Scientific memoirs by medical officers of the Army of India - Part XII,
Year: 1901
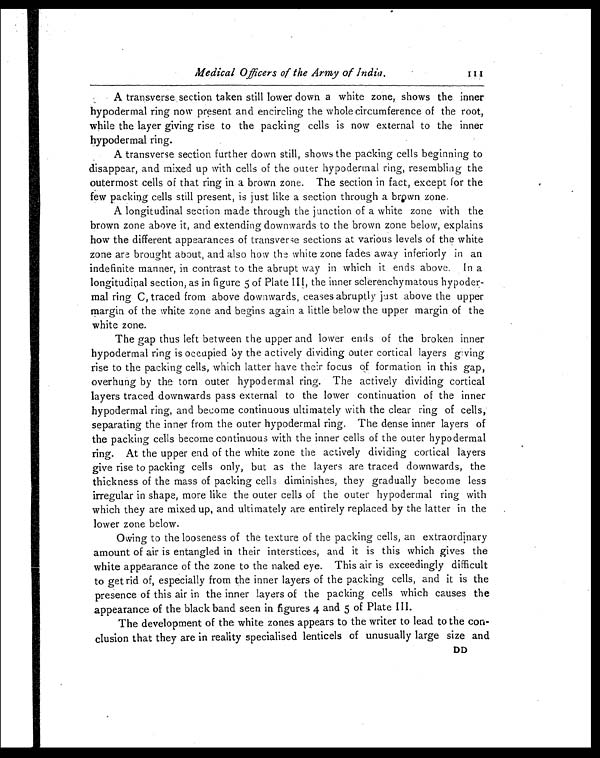
Medical Officers of the Army of India.
A transverse section taken still lower down a white zone, shows the inner
hypodermal ring now present and encircling the whole circumference of the root,
while the layer giving rise to the packing cells is now external to the inner
hypodermal ring.
A transverse section further down still, shows the packing cells beginning to
disappear, and mixed up with cells of the outer hypodermal ring, resembling the
outermost cells of that ring in a brown zone. The section in fact, except for the
few packing cells still present, is just like a section through a brown zone.
A longitudinal section made through the junction of a white zone with the
brown zone above it, and extending downwards to the brown zone below, explains
how the different appearances of transverse sections at various levels of the white
zone are brought about, and also how the white zone fades away inferiorly in an
indefinite manner, in contrast to the abrupt way in which it ends above. In a
longitudinal section, as in figure 5 of Plate III, the inner sclerenchymatous hypoder
-mal ring C, traced from above downwards, ceases abruptly just above the upper
margin of the white zone and begins again a little below the upper margin of the
white zone.
The gap thus left between the upper and lower ends of the broken inner
hypodermal ring is occupied by the actively dividing outer cortical layers giving
rise to the packing cells, which latter have their focus of formation in this gap,
overhung by the torn outer hypodermal ring. The actively dividing cortical
layers traced downwards pass external to the lower continuation of the inner
hypodermal ring, and become continuous ultimately with the clear ring of cells,
separating the inner from the outer hypodermal ring. The dense inner layers of
the packing cells become continuous with the inner cells of the outer hypodermal
ring. At the upper end of the white zone the actively dividing cortical layers
give rise to packing cells only, but as the layers are traced downwards, the
thickness of the mass of packing cells diminishes, they gradually become less
irregular in shape, more like the outer cells of the outer hypodermal ring with
which they are mixed up, and ultimately are entirely replaced by the latter in the
lower zone below.
Owing to the looseness of the texture of the packing cells, an extraordinary
amount of air is entangled in their interstices, and it is this which gives the
white appearance of the zone to the naked eye. This air is exceedingly difficult
to get rid of, especially from the inner layers of the packing cells, and it is the
presence of this air in the inner layers of the packing cells which causes the
appearance of the black band seen in figures 4 and 5 of Plate III.
The development of the white zones appears to the writer to lead to the con
-clusion that they are in reality specialised lenticels of unusually large size and
DD